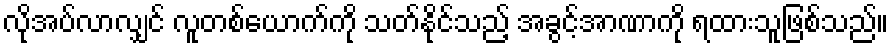
လိုအပ်လာလျှင် လူတစ်ယောက်ကို သတ်နိုင်သည့် အခွင့်အာဏာကို ရထားသူဖြစ်သည်။